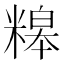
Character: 𥻷